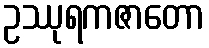
ဥဿုရကဇာတော